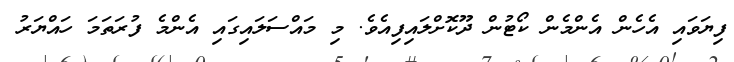
ފިޔަވައި އެހެން އެންމެން ކޯޓުން ދޫކޮށްލައިފިއެވެ. މި މައްސަލައިގައި އެންމެ ފުރަތަމަ ހައްޔަރު